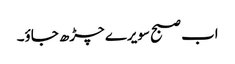
اب صبح سویرے چڑھ جاؤ۔